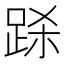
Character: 𲃞